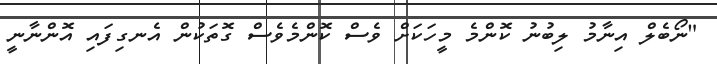
"ނޯބެލް އިނާމު ލިބުނު ކޮންމެ މީހަކަށް ވެސް ކޮންމެވެސް ގޮތަކުން އެނގިފައި އޮންނާނީ